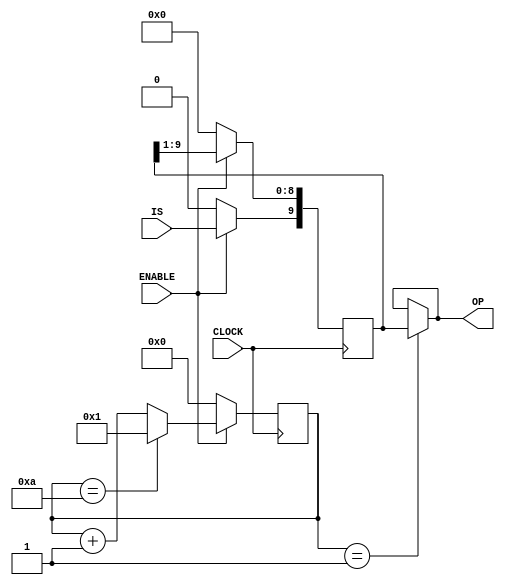

module serialparalelo(CLOCK, ENABLE, IS, OP);
	input CLOCK, IS, ENABLE;
	output [9:0] OP;
	reg [9:0] temp;
	reg [4:0] contador;
	reg temp1;
	
	always @(IS) begin
		temp[9]<=IS;
	end
	
	always @(posedge CLOCK) begin
		if (ENABLE) begin
			contador <= contador +1;
			temp[8:0] <= temp[9:1];
			if ( contador == 4'b1010) begin
				contador<=4'b0001;
			end
			
		end
		else begin
			contador <= 4'b0000;
			temp <= 10'b0000000000;
		end
	end
	assign OP = (contador==4'b0001)? temp:OP ;
endmodule